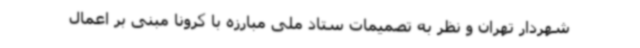
شهردار تهران و نظر به تصمیمات ستاد ملی مبارزه با کرونا مبنی بر اعمال